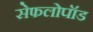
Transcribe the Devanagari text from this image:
सेफलोपॉड